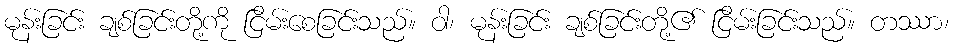
မုန်းခြင်း ချစ်ခြင်းတို့ကို ငြိမ်းစေခြင်းသည်။ ဝါ၊ မုန်းခြင်း ချစ်ခြင်းတို့၏ ငြိမ်းခြင်းသည်။ တဿာ၊